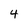
Character: 4